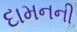
દામનની